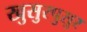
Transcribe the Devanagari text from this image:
खुसुरपुसुर